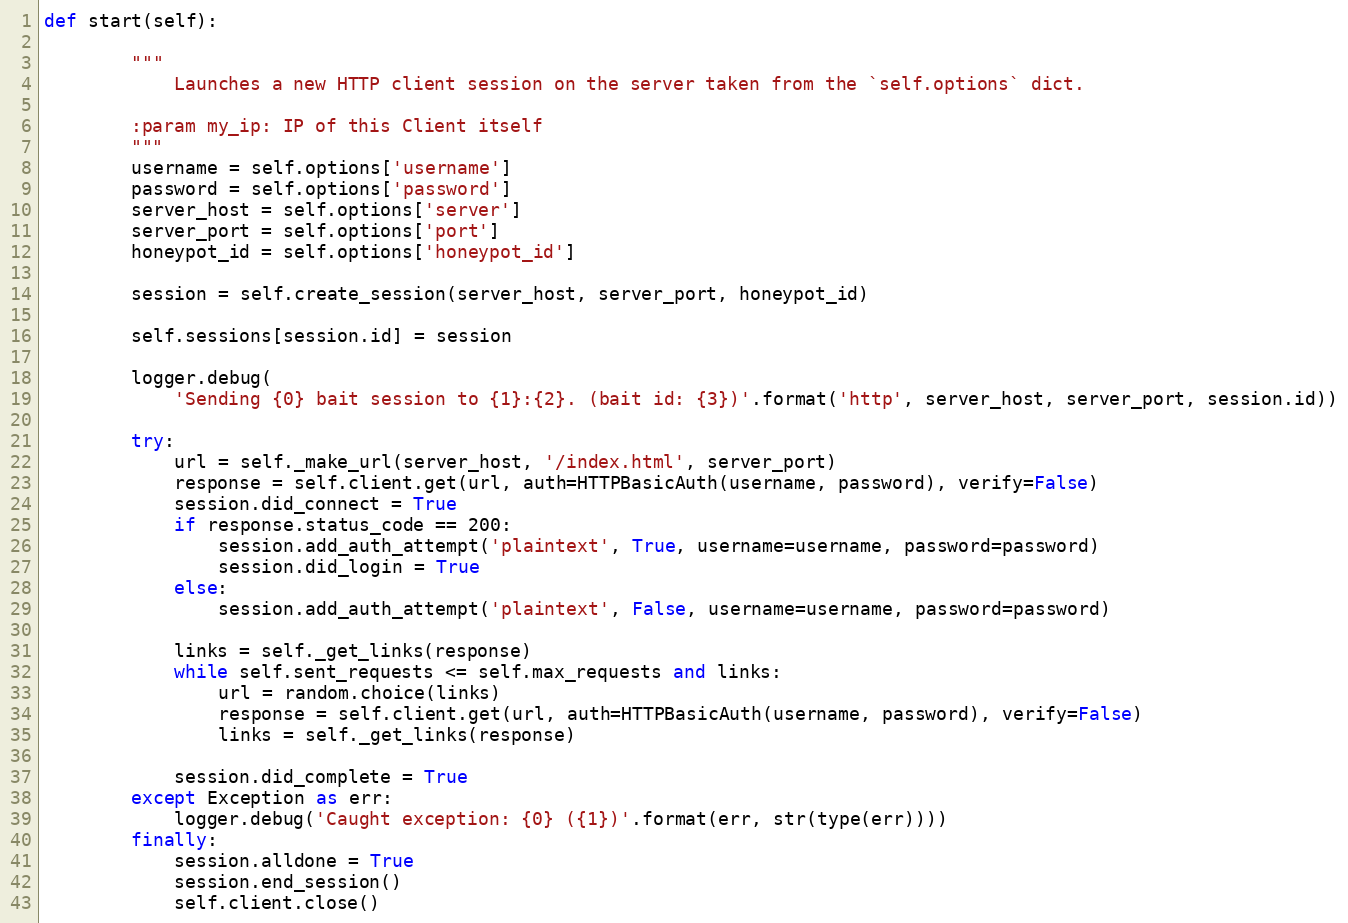
Language: Python
def start(self):

        """
            Launches a new HTTP client session on the server taken from the `self.options` dict.

        :param my_ip: IP of this Client itself
        """
        username = self.options['username']
        password = self.options['password']
        server_host = self.options['server']
        server_port = self.options['port']
        honeypot_id = self.options['honeypot_id']

        session = self.create_session(server_host, server_port, honeypot_id)

        self.sessions[session.id] = session

        logger.debug(
            'Sending {0} bait session to {1}:{2}. (bait id: {3})'.format('http', server_host, server_port, session.id))

        try:
            url = self._make_url(server_host, '/index.html', server_port)
            response = self.client.get(url, auth=HTTPBasicAuth(username, password), verify=False)
            session.did_connect = True
            if response.status_code == 200:
                session.add_auth_attempt('plaintext', True, username=username, password=password)
                session.did_login = True
            else:
                session.add_auth_attempt('plaintext', False, username=username, password=password)

            links = self._get_links(response)
            while self.sent_requests <= self.max_requests and links:
                url = random.choice(links)
                response = self.client.get(url, auth=HTTPBasicAuth(username, password), verify=False)
                links = self._get_links(response)

            session.did_complete = True
        except Exception as err:
            logger.debug('Caught exception: {0} ({1})'.format(err, str(type(err))))
        finally:
            session.alldone = True
            session.end_session()
            self.client.close()